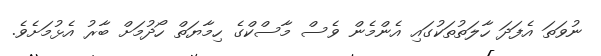
ނުވަތަ އެފަދަ ހާލަތުތަކުގައި އެންމެން ވެސް މާސްކްގެ ހިމާޔަތް ހޯދުމަށް ބާރު އެޅުމަށެވެ.